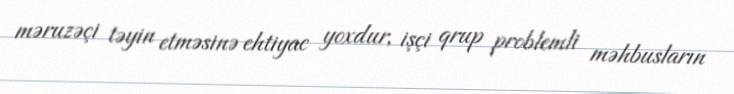
məruzəçi təyin etməsinə ehtiyac yoxdur, işçi qrup problemli məhbusların